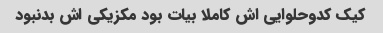
کیک کدوحلوایی اش کاملا بیات بود مکزیکی اش بدنبود